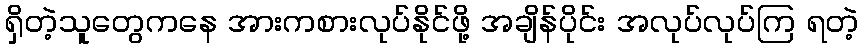
ရှိတဲ့သူတွေကနေ အားကစားလုပ်နိုင်ဖို့ အချိန်ပိုင်း အလုပ်လုပ်ကြ ရတဲ့